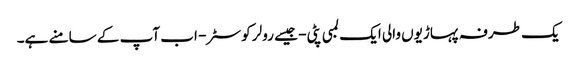
یک طرفہ پہاڑیوں والی ایک لمبی پٹی - جیسے رولر کوسٹر - اب آپ کے سامنے ہے۔